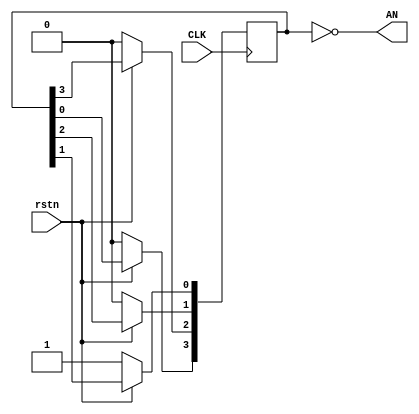
`timescale 1ns / 1ps
//////////////////////////////////////////////////////////////////////////////////
// Company: 
// Engineer: 
// 
// Design Name: 
// Module Name: ring_counter
// Project Name: 
// Target Devices: 
// Tool Versions: 
// Description: 
// 
// Dependencies: 
// 
// Revision:
// Revision 0.01 - File Created
// Additional Comments:
// 
//////////////////////////////////////////////////////////////////////////////////


module ring_counter(input CLK,
    input rstn,
    output  [3:0] AN
    );
    reg [3:0] out = 4'b0001 ;
    always @(posedge CLK) begin
        if(!rstn)
            out <= 4'b0001;
        else begin
            out[3] <= out[0];
            out[2] <= out[3];
            out[1] <= out[2];
            out[0] <= out[1];
         end
    end
    assign AN =~out;
endmodule